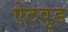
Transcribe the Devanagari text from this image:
ऐटवुड